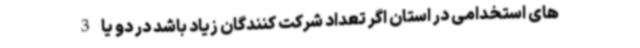
های استخدامی در استان اگر تعداد شرکت کنندگان زیاد باشد در دو یا 3